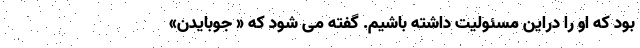
بود که او را دراین مسئولیت داشته باشیم. گفته می شود که « جوبایدن»